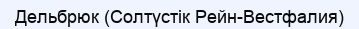
Дельбрюк (Солтүстік Рейн-Вестфалия)